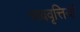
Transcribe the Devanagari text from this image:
भाववृत्तियों